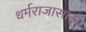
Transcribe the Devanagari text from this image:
धर्मराजासाठी